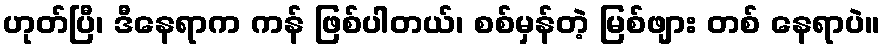
ဟုတ်ပြီ၊ ဒီနေရာက ကန် ဖြစ်ပါတယ်၊ စစ်မှန်တဲ့ မြစ်ဖျား တစ် နေရာပဲ။